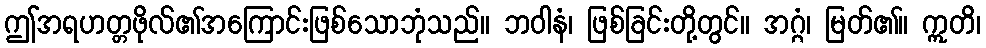
ဤအရဟတ္တဖိုလ်၏အကြောင်းဖြစ်သောဘုံသည်။ ဘဝါနံ၊ ဖြစ်ခြင်းတို့တွင်။ အဂ္ဂံ၊ မြတ်၏။ ဣတိ၊